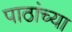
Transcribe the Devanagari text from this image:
पाठांच्या